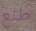
طلع